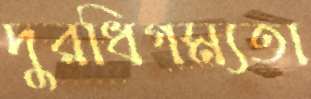
দুরধিগম্যতা